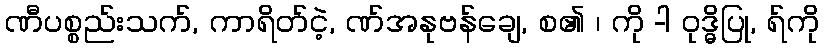
ဏီပစ္စည်းသက်, ကာရိတ်ငဲ့, ဏ်အနုဗန်ချေ, စ၏ ၊ ကို -ါ ဝုဒ္ဓိပြု, ရ်ကို